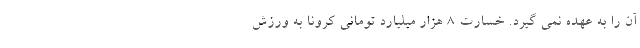
آن را به عهده نمی گیرد. خسارت ۸ هزار میلیارد تومانی کرونا به ورزش